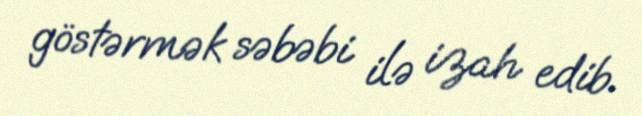
göstərmək səbəbi ilə izah edib.